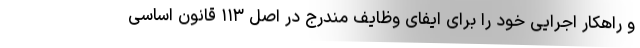
و راهکار اجرایی خود را برای ایفای وظایف مندرج در اصل ۱۱۳ قانون اساسی